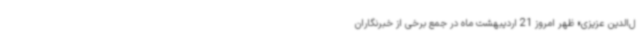
ل‌الدین‌ عزیزی» ظهر امروز 21 اردیبهشت ماه در جمع برخی از خبرنگاران